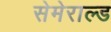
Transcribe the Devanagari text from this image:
सेमेराल्ड